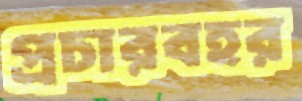
প্রচারবহর